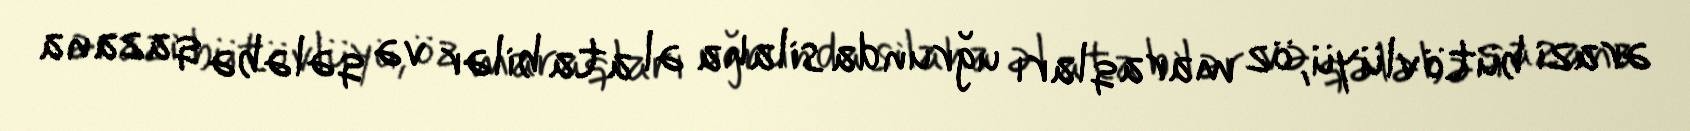
ərazi bütövlüyü, öz maraqları uğrunda silaha əl ata bilər və qələbə qazana